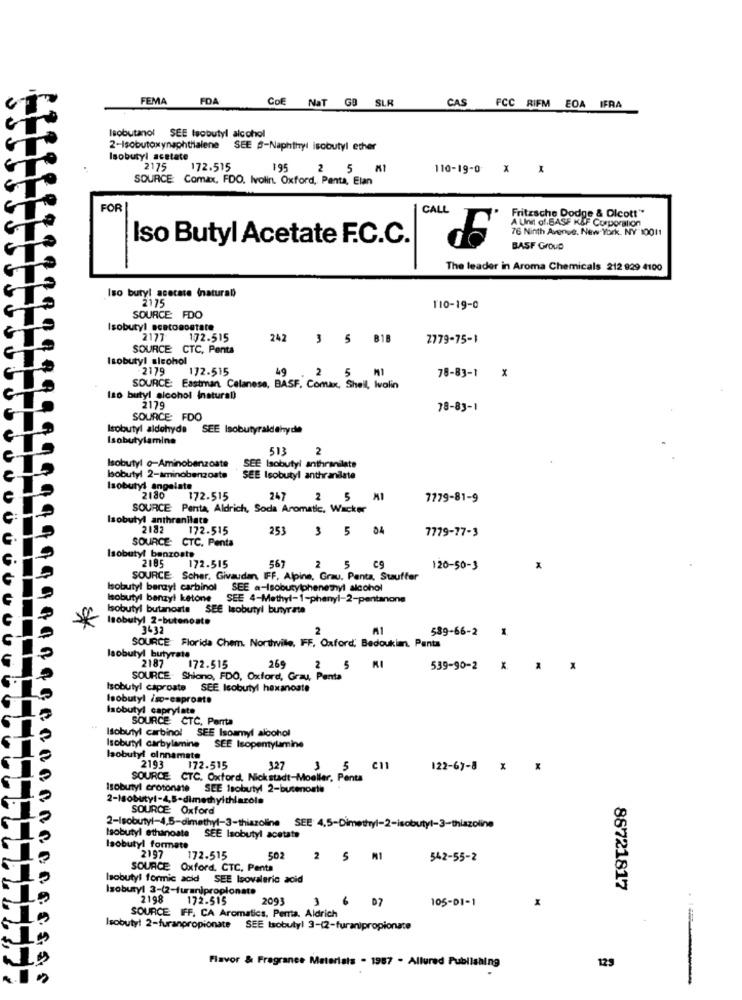
FEMA
FDA
Cof NaT GB SLR
CAS FCC RIFM EOA IFRA
Isobutanol SEE Isobutyl alcohol
2-Isobutoxynaphthalene SEE $-Naphthyl isobutyl ether
Isobutyl acetate
2175 172.515
195
2 5 MI
110-19-0 X X
SOURCE Comax, FDO. Ivolin. Oxford, Penta, Elan
FOR
CALL
Fritzsche Dodge & Dicott **
A Unit of BASE KSF Corporation
76 Ninth Avenue. New York, NY 10011
Iso Butyl Acetate F.C.C.
BASF Group
The leader in Aroma Chemicals 212 929 4100
Iso butyl acecate (natural)
2175
110-19-0
SOURCE FDO
Isobutyl sestoacetate
2177
172.515
242 3 5 81B
2779-75-1
SOURCE CTC, Penta
Isobutyl alcohol
-2179
172-515
49
2
5
78-83-1 X
SOURCE: Eastman Celanese, BASF, Comax, Shell, Ivalin
Iso butyl alcohol (natural)
2179
78-83-1
SOURCE: FDO
Isobutyl aldehyde
SEE Isobutyraldehyde
Isobutylamine
513
2
Isobutyl o-Aminobenzoate
SEE Isobutyl anthranilate
Isobutyl 2-aminobenzoate
SEE Isobutyl anthrandlate
Isobutyl angelate
2180
172.515
247
2
5
7779-81-9
SOURCE Penta, Aldrich, Soda Aromatic, Wacker
Isobutyl anthranilate
2182
172.515
253
5 04
7779-77-3
SOURCE: CTC. Penta
Isobutyl benzoate
172.515
567
2
5
120-50-3
SOURCE Scher. Givaudan, IFF, Alpine, Grau. Panta, Stauffer
Isobutyl benzyl carbinol SEE a-Isobutylphenethyl alcohol
Isobutyl benzyl ketone
SEE 4-Methyl-1-phenyl-2-pentanone
Isobutyl butanoats SEE Isobutyl butyrate
Isobutyl 2-butenoste
3432
589-66-2 1
SOURCE Florida Chem. Northville, FF, Oxford, Bedoukian, Panta
Isobutyl butyrate
2187
172.515
269
2
5
539-90-2 X * *
SOURCE Shiano, FDO, Oxford, Gray, Penta
Isobutyl caproste SEE Isobutyl hexanoate
Isobutyl iso-caproste
Isobutyl caprylate
SOURCE CTC, Panta
Isobutyl carbinol
SEE Isoamyl alcohol
Isobutyl carbylamine
SEE Isopentylamine
Isobutyl oinnamate
2193
172.515
327
3
5 C11
122-67-8 x
SOURCE CTC, Oxford, Nickstadt-Moeller, Penta
Isobutyl crotonate
SEE Isobutyl 2-butenonte
SOURCE: Oxford
2-Isobutyl-4,5-dimethyl-3-thiazoline SEE 4,5-Dimethyl-2-isobutyl-3-thiazoline
Isobutyl ethanoste
SEE Isobutyl acetate
Isobutyl formate
2197
172.515
502
2 5 MI
542-55-2
SOURCE Oxford, CTC, Penta
Isobutyl formic acid SEE Isovaleric acid
Isobutyl 3-(2-furanjpropionate
88721817
2198
172.515
2093
3
6
D7
105-01-1
SOURCE FFF, CA Aromatics, Perta. Aldrich
Isobutyl 2-furanpropionate SEE Isobutyl 3-(2-furanipropionate
Flavor & Fragrance Materials - 1987 - Allured Publishing
129